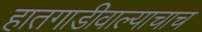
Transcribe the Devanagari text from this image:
हातगाडीवाल्याचाच